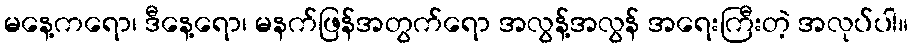
မနေ့ကရော၊ ဒီနေ့ရော၊ မနက်ဖြန်အတွက်ရော အလွန့်အလွန် အရေးကြီးတဲ့ အလုပ်ပါ။